Source: Handwritten
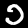
Digit: ၁ (1)